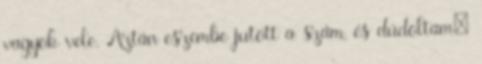
vagyok vele. Aztán eszembe jutott a szám, és dúdoltam: